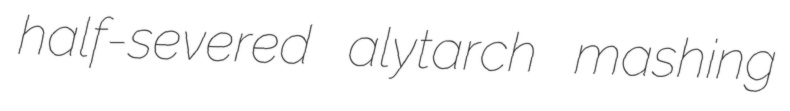
half-severed alytarch mashing